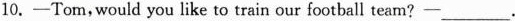
10.—Tom,would you like to train our football team?一___.